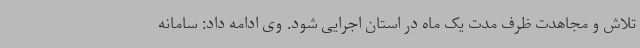
تلاش و مجاهدت ظرف مدت یک ماه در استان اجرایی شود. وی ادامه داد: سامانه